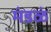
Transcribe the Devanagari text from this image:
मंडळं